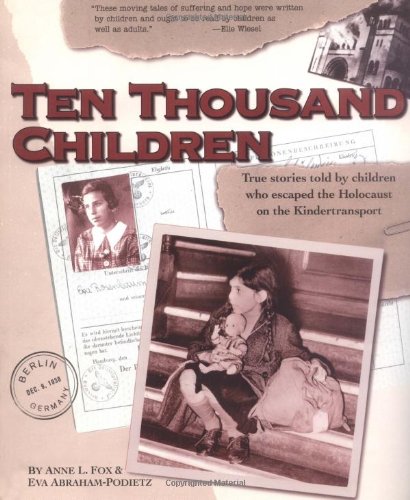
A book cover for Ten Thousand Children: True Stories Told by Children Who Escaped the Holocaust on the Kindertransport; Anne Fox; Children's Books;